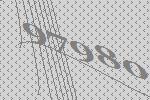
97980